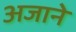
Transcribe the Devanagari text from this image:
अजाने